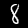
Label: 8